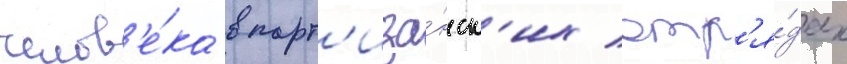
челов'е́ка в парт'иза́нск'их отр'я́дах